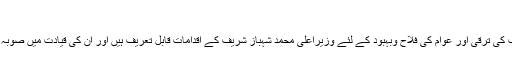
(جاری ہے) ٭
ترک صدر نے کہا کہ صوبہ پنجاب کی ترقی اور عوام کی فلاح وبہبود کے لئے وزیراعلیٰ محمد شہباز شریف کے اقدامات قابل تعریف ہیں اور اُن کی قیادت میں صوبہ پنجاب ترقی کی راہ پر گامزن ہے۔